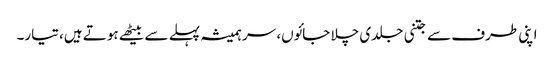
اپنی طرف سے جتنی جلدی چلا جائوں، سر ہمیشہ پہلے سے بیٹھے ہوتے ہیں، تیار۔